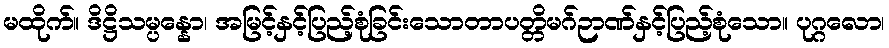
မထိုက်။ ဒိဋ္ဌိသမ္ပန္နော၊ အမြင့်နှင့်ပြည့်စုံခြင်းသောတာပတ္တိမဂ်ဉာဏ်နှင့်ပြည့်စုံသော။ ပုဂ္ဂလော၊